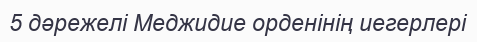
5 дәрежелі Меджидие орденінің иегерлері